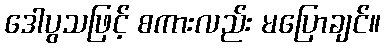
ဒေါပွသဖြင့် စကားလည်း မပြောချင်။